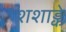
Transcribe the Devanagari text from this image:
शशाङ्के